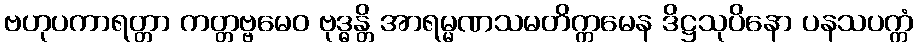
ဗဟုပကာရတ္တာ ကတ္တဗ္ဗမေဝ ဗုဒ္ဓန္တိ အာရမ္မဏသမတိက္ကမေန ဒိဋ္ဌသုပိနော ပနသပက္ကံ